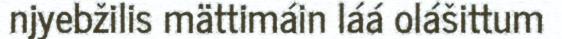
njyebžilis mättimáin láá olášittum